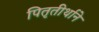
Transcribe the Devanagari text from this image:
पितृतीर्थाने